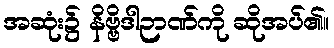
အဆုံး၌ နိဗ္ဗိဒါဉာဏ်ကို ဆိုအပ်၏။